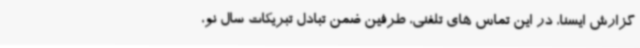
گزارش ایسنا، در این تماس های تلفنی، طرفین ضمن تبادل تبریکات سال نو،